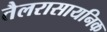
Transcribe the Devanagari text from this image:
तैलरासायनिक